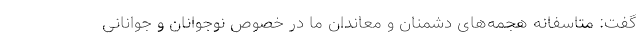
گفت: متاسفانه هجمه‌های دشمنان و معاندان ما در خصوص نوجوانان و جوانانی